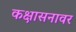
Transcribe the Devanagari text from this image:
कक्षासनावर